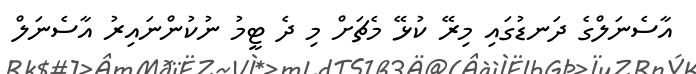
އާސެނަލްގެ ދަނޑުގައި މިރޭ ކުޅޭ މެޗަށް މި ދެ ޓީމު ނުކުންނައިރު އާސެނަލް